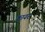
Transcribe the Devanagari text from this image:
क़ायर